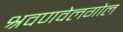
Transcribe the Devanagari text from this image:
श्रवणवेलगोल